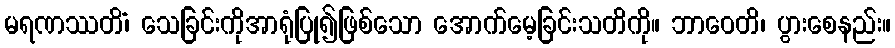
မရဏဿတိံ၊ သေခြင်းကိုအာရုံပြု၍ဖြစ်သော အောက်မေ့ခြင်းသတိကို။ ဘာဝေတိ၊ ပွားစေနည်း။